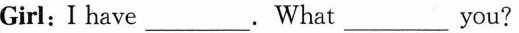
Girl:I have___.What___you?